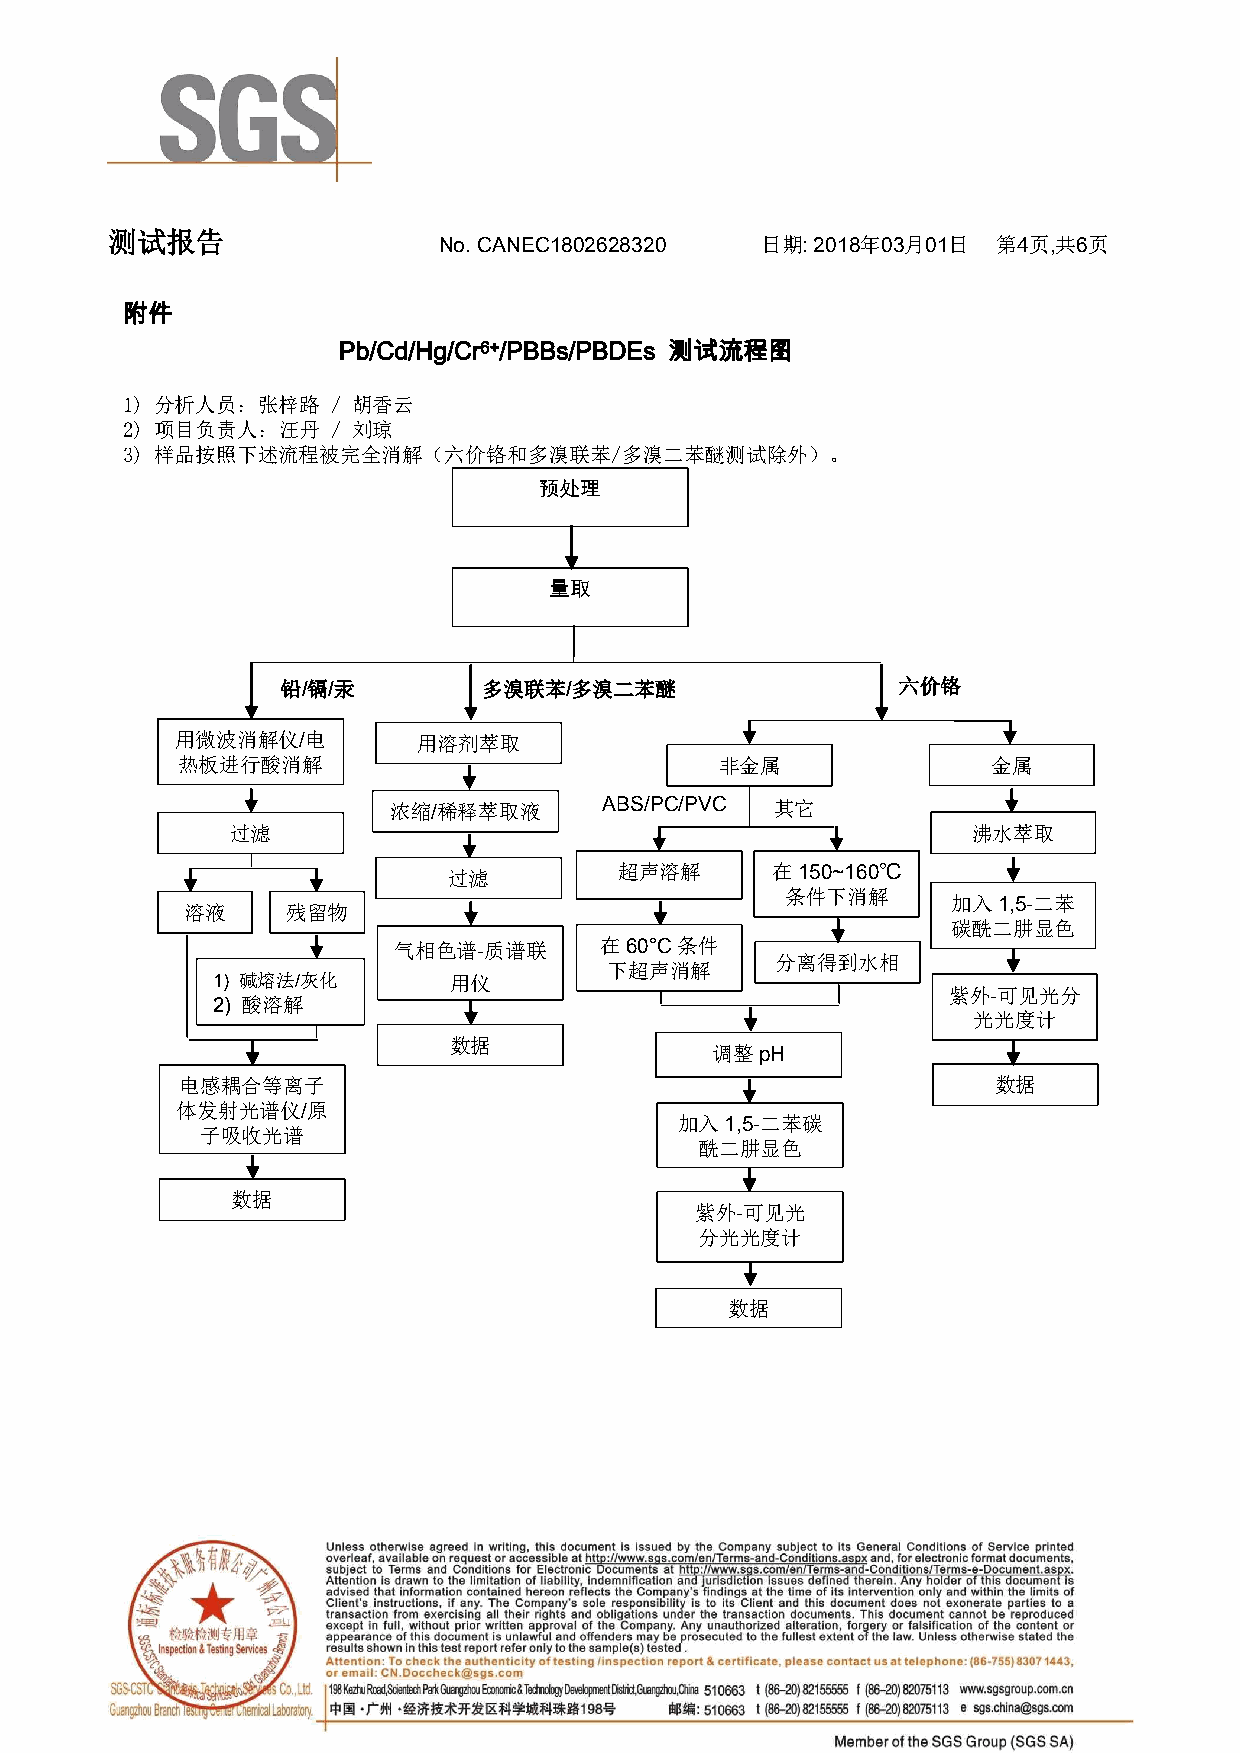
测试报告.
 No. CANEC1802628320  日期: 2018年03月01日. 第4页,共6页.
 附件
 Pb/Cd/Hg/Cr6+/PBBs/PBDEs 测试流程图
 1) 分析人员：张梓路   / 胡香云
 2) 项目负责人：汪丹   / 刘琼
 3) 样品按照下述流程被完全消解（六价铬和多溴联苯/多溴二苯醚测试除外）。
 预处理
 量取
 铅/镉/汞        多溴联苯/多溴二苯醚                 六价铬
 用微波消解仪/电        用溶剂萃取
 热板进行酸消解                             非金属               金属
 浓缩/稀释萃取液      ABS/PC/PVC 其它
 过滤                                               沸水萃取
 过滤
 超声溶解      在150~160℃
 条件下消解
 加入1,5-二苯
 溶液     残留物
 碳酰二肼显色
 气相色谱-质谱联      在60°C条件
 分离得到水相
 下超声消解
 1) 碱熔法/灰化       用仪
 紫外-可见光分
 2) 酸溶解
 光光度计
 数据
 调整pH
 电感耦合等离子                                               数据
 体发射光谱仪/原                                           .
 加入1,5-二苯碳
 子吸收光谱
 酰二肼显色
 数据
 紫外-可见光
 分光光度计
 数据